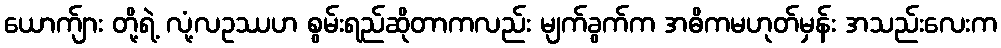
ယောက်ျား တို့ရဲ့ လုံ့လဥဿဟ စွမ်းရည်ဆိုတာကလည်း မျက်ခွက်က အဓိကမဟုတ်မှန်း အသည်းလေးက